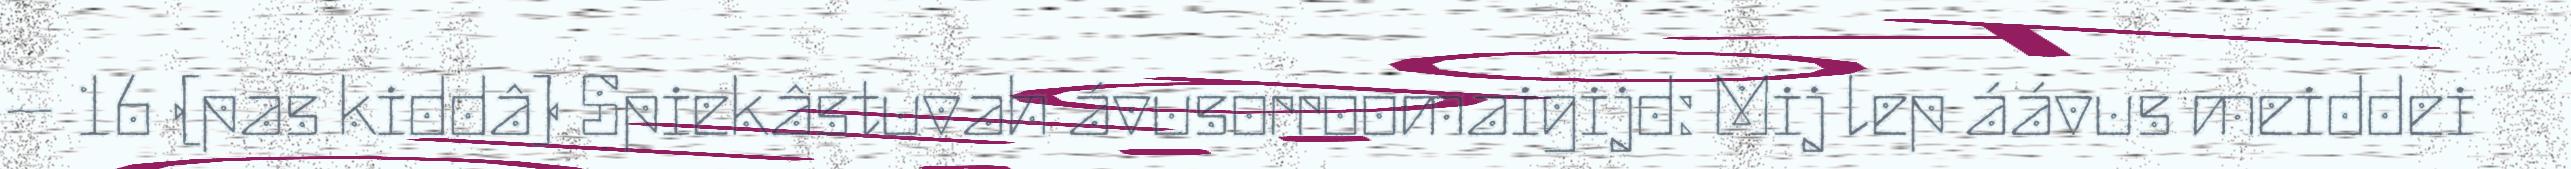
– 16 (pas kiddâ) Spiekâstuvah ávusorroomaigijd: Mij lep áávus meiddei